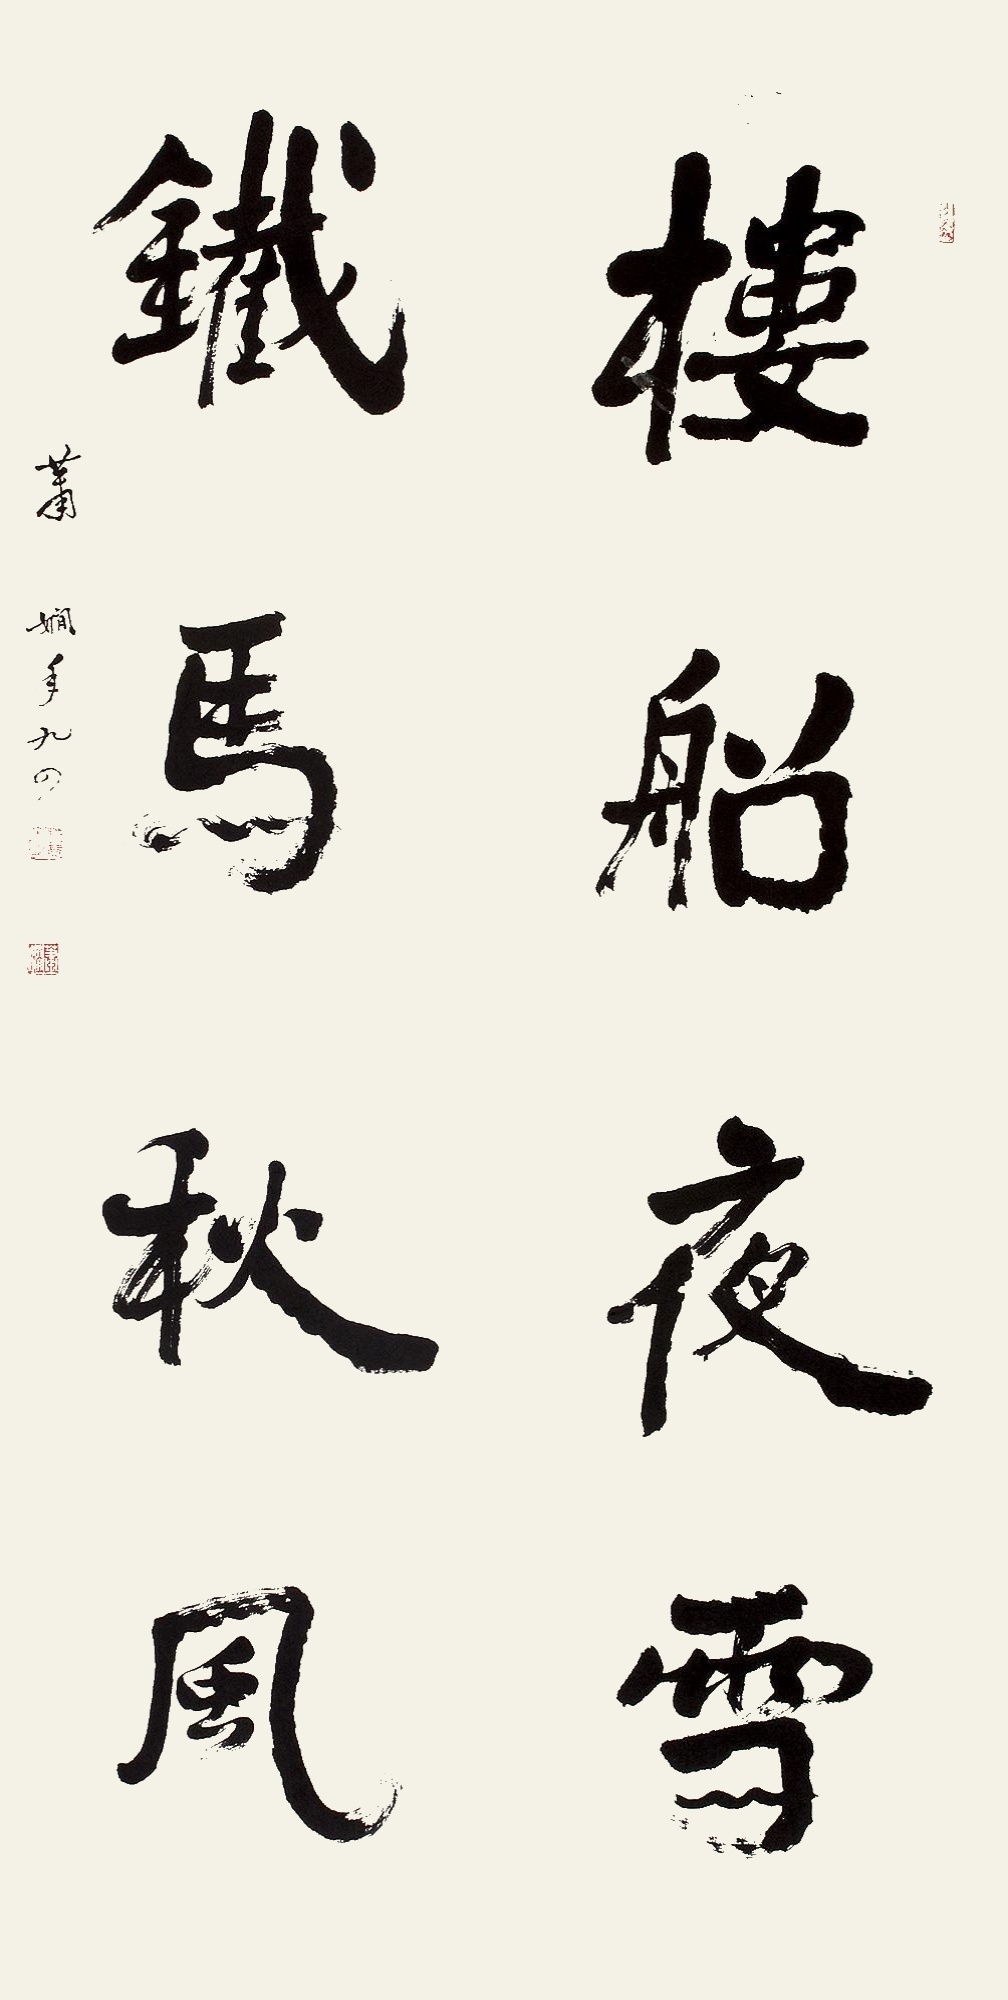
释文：楼船夜雪，铁马秋风。萧娴年九四。